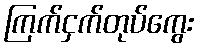
ကြက်ငှက်တုပ်ကွေး